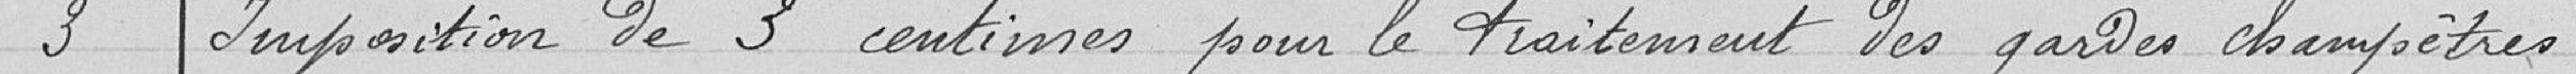
3 - Imposition de 3 centimes pour le traitement des gardes champêtres